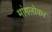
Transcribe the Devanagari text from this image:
मांगलोकर